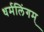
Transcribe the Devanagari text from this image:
धर्मलिंगम्